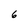
Character: 6